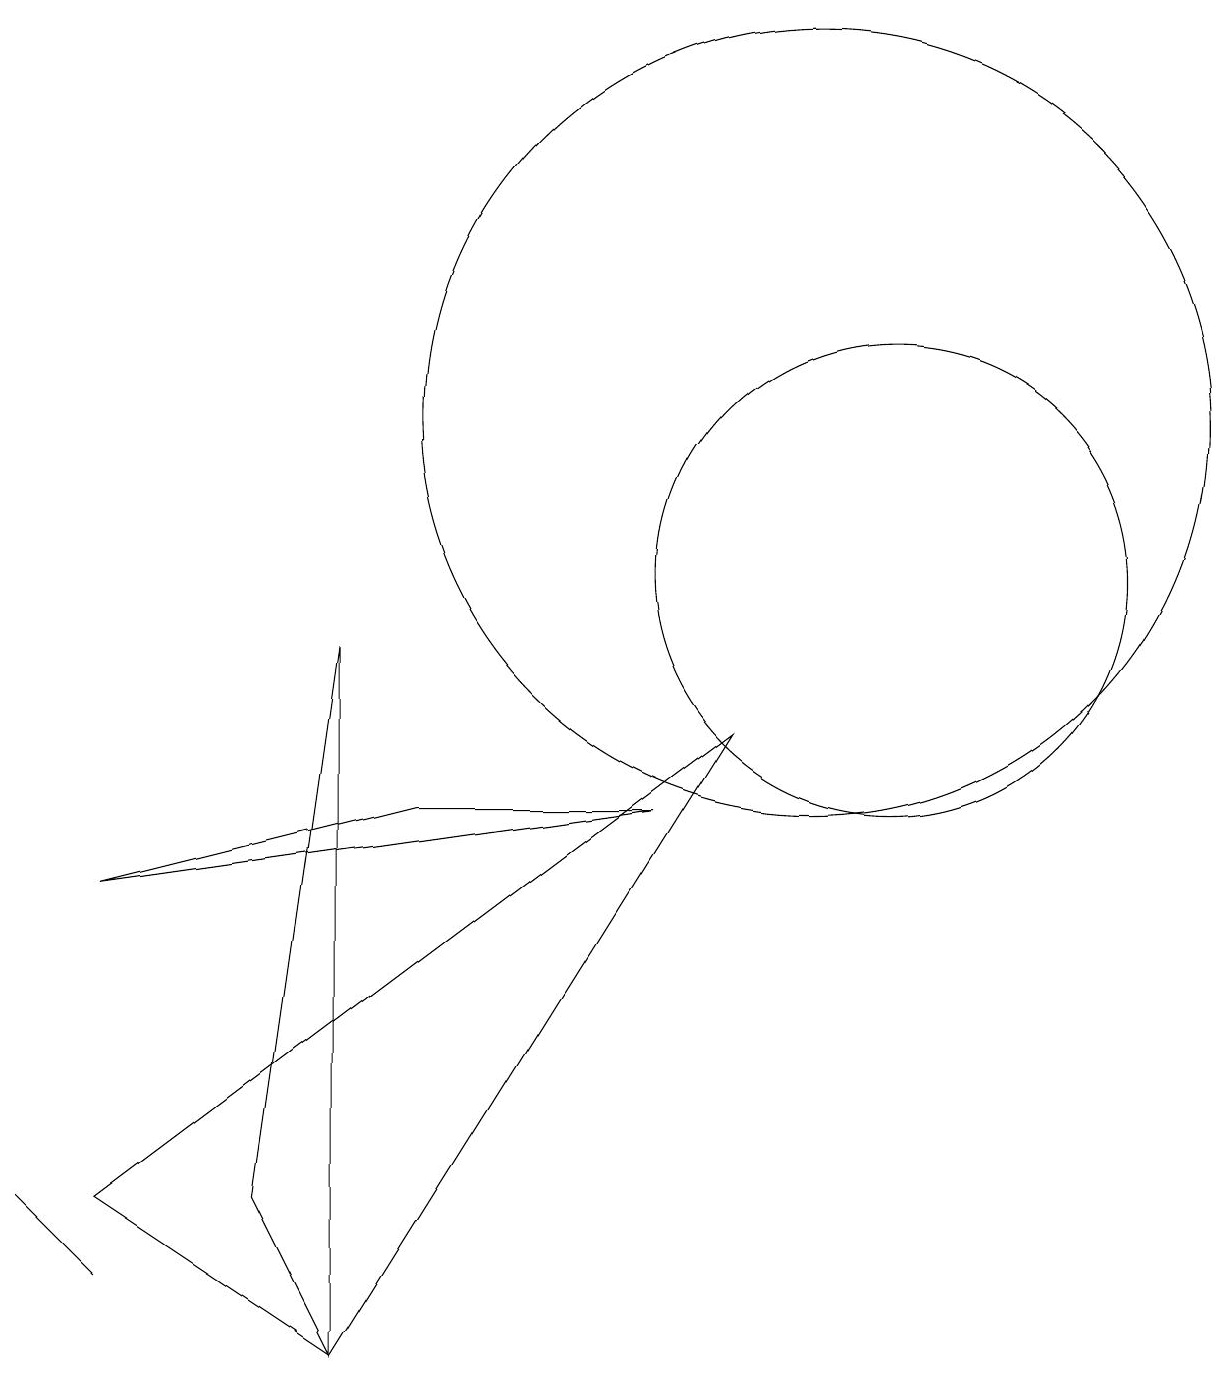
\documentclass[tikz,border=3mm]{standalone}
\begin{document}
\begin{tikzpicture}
\draw (11,10) circle (3);
\draw (4,0) -- (3,2) -- (4,9) -- cycle;
\draw (1,6) -- (8,7) -- (5,7) -- cycle;
\draw (1,1) -- (0,2) -- (1,1) -- cycle;
\draw (9,8) -- (4,0) -- (1,2) -- cycle;
\draw (10,12) circle (5);
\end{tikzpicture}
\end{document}